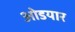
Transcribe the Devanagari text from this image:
ओडयार